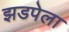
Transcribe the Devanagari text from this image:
झडपेला